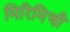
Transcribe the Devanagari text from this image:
मिरिमिची